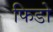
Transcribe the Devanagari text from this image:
फिडो